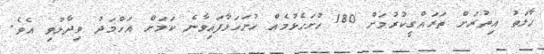
ހާލަތު އިތުރަށް ތަރައްގީކުރުމަށް 180 ހުށަހެޅުމެއް ހުށަހަޅާފައިވާނެ ކަމަށް އަހްމަދު ވިދާޅުވި އެވެ.